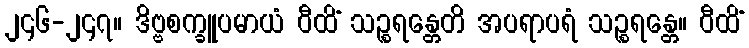
၂၄၆-၂၄၇။ ဒိဗ္ဗစက္ခူပမာယံ ဝီထိံ သဉ္စရန္တေတိ အပရာပရံ သဉ္စရန္တေ။ ဝီထိံ